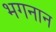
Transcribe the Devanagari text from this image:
भगनान